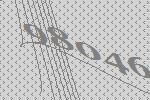
98046